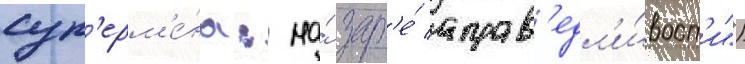
суп'ерм'е́на: на́ зар'е́ справ'едл'и́вост'и")